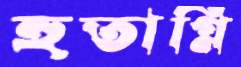
হুতাগ্নি